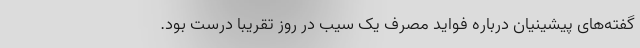
گفته‌های پیشینیان درباره فواید مصرف یک سیب در روز تقریبا درست بود.